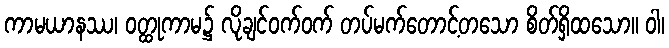
ကာမယာနဿ၊ ဝတ္ထုကာမ၌ လိုချင်ဝက်ဝက် တပ်မက်တောင့်တသော စိတ်ရှိထသော။ ဝါ၊